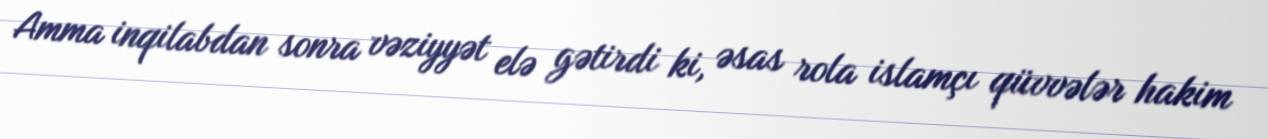
Amma inqilabdan sonra vəziyyət elə gətirdi ki, əsas rola islamçı qüvvələr hakim